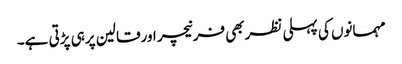
مہمانوں کی پہلی نظربھی فرنیچر اورقالین پرہی پڑتی ہے۔